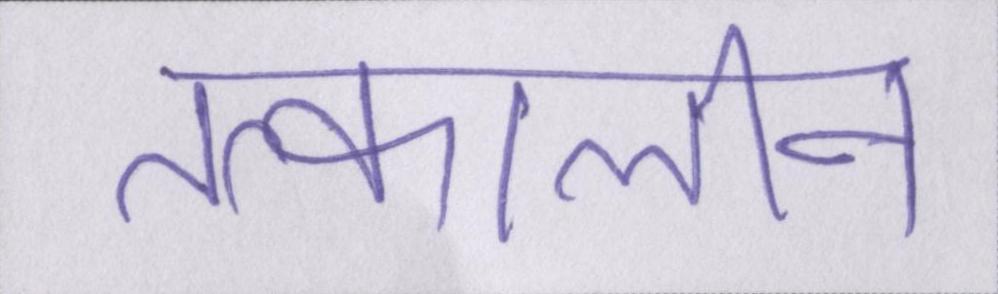
तत्कालीन